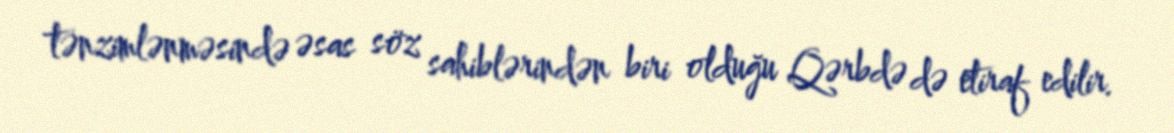
tənzimlənməsində əsas söz sahiblərindən biri olduğu Qərbdə də etiraf edilir.